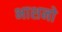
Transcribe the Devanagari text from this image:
भाशनो